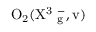
\mathrm { O _ { 2 } ( X ^ { 3 } \Sigma _ { g } ^ { - } , v ) }